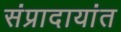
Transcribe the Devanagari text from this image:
संप्रादायांत